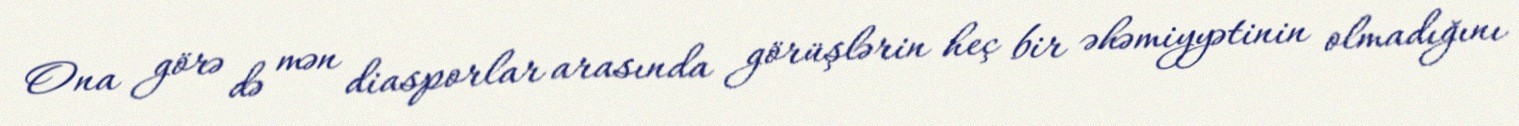
Ona görə də mən diasporlar arasında görüşlərin heç bir əhəmiyyətinin olmadığını